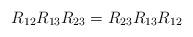
LaTeX: \begin{align*}R_{12}R_{13}R_{23}=R_{23}R_{13}R_{12} \end{align*}